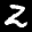
Label: 2